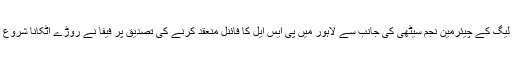
پاکستان سپر لیگ کے چیئرمین نجم سیٹھی کی جانب سے لاہور میں پی ایس ایل کا فائنل منعقد کرنے کی تصدیق پر فیفا نے روڑے اٹکانا شروع کردیئے ہیں۔